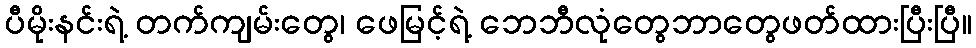
ပီမိုးနင်းရဲ့ တက်ကျမ်းတွေ၊ ဖေမြင့်ရဲ့ ဘေဘီလုံတွေဘာတွေဖတ်ထားပြီးပြီ။